Code of medical and sanitary regulations for the guidance of medical officers serving in the Madras Presidency - Volume I
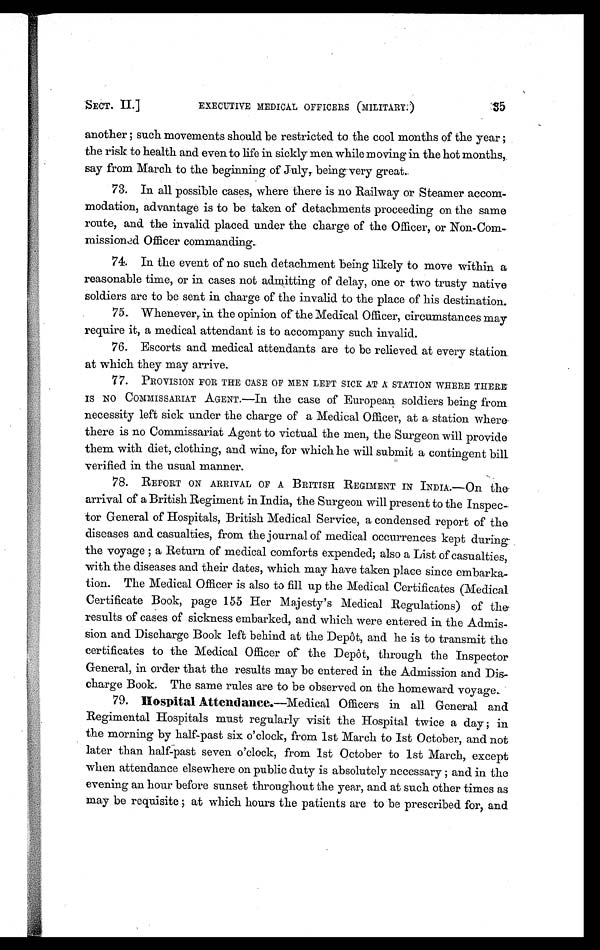
S E C T . I I . ]
EXECUTIVE MEDICAL OFFICERS (MILITARY.)
35
another ; such movements should be restricted to the cool months of the year ;
the risk to health and even to life in sickly men while moving in the hot months,
say from March to the beginning of July, being very great.
73. In all possible cases, where there is no Railway or Steamer accom-
modation, advantage is to be taken of detachments proceeding on the same
route, and the invalid placed under the charge of the Officer, or Non-Com
missioned Officer commanding.
74. In the event of no such detachment being likely to move within a
reasonable time, or in cases not admitting of delay, one or two trusty native
soldiers are to be sent in charge of the invalid to the place of his destination.
75. Whenever, in the opinion of the Medical Officer, circumstances may
require it, a medical attendant is to accompany such invalid.
76. Escorts and medical attendants are to be relieved at every station.
at which they may arrive.
77. PROVISION FOR THE CASE OF MEN LEFT SICK AT A STATION WHERE THERE
IS NO COMMISSARIAT AGENT.—In the case of European soldiers being from
necessity left sick under the charge of a Medical Officer, at a station where
there is no Commissariat Agent to victual the men, the Surgeon will provide
them with diet, clothing, and wine, for which he will submit a contingent bill
verified in the usual manner.
78. REPORT ON ARRIVAL OF A BRITISH REGIMENT IN INDIA.—On the
arrival of a British Regiment in India, the Surgeon will present to the Inspec-
tor General of Hospitals, British Medical Service, a condensed report of the
diseases and casualties, from the journal of medical occurrences kept during
the voyage ; a Return of medical comforts expended; also a List of casualties,
with the diseases and their dates, which may have taken place since embarka-
tion. The Medical Officer is also to fill up the Medical Certificates (Medical
Certificate Book, page 155 Her Majesty's Medical Regulations) of the
results of cases of sickness embarked, and which were entered in the Admis-
sion and Discharge Book left behind at the Depot, and he is to transmit the
certificates to the Medical Officer of the Depôt, through the Inspector
General, in order that the results may be entered in the Admission and Dis-
charge Book. The same rules are to be observed on the homeward voyage.
79. Hospital Attendance.— M e d i c a l O f f i c e r s i n a l l G e n e r a l a n d
Regimental Hospitals must regularly visit the Hospital twice a day ; in
the morning by half-past six o'clock, from 1st March to 1st October, and not
later than half-past seven o'clock, from 1st October to 1st March, except
when attendance elsewhere on public duty is absolutely necessary ; and in the
evening an hour before sunset throughout the year, and at such other times as
may be requisite ; at which hours the patients are to be prescribed for, and